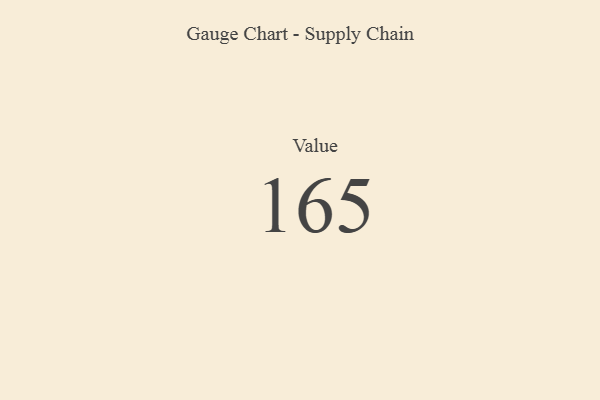
{"axis": {"x": "Metric", "y": "Value"}, "legend": [""], "data": [{"x": "Value", "y": 165, "type": ""}]}